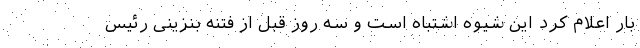
بار اعلام کرد این شیوه اشتباه است و سه روز قبل از فتنه بنزینی رئیس